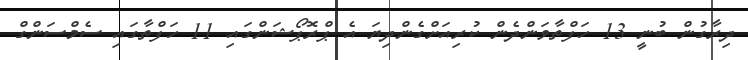
ދިރާގުން ބުނީ 13 ހަފްތާވަންދެން ކުރިއަށްގެންދިޔަ އެ ޕްރޮޕޯޝަންގައި 11 ހަފްތާގައި ސެމްސަންގް